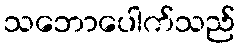
သဘောပေါက်သည်